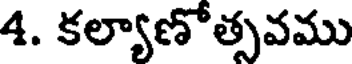
4. కల్యాణోత్సవము